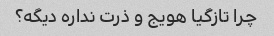
چرا تازگیا هویج و ذرت نداره دیگه؟